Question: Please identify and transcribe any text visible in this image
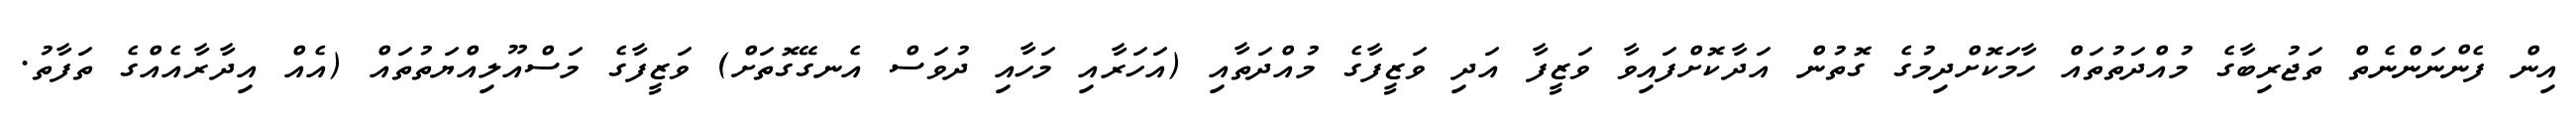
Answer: އިން ފެންނަންނެތް ތަޖުރިބާގެ މުއްދަތުތައް ހާމަކޮށްދިމުގެ ގޮތުން އަދާކޮށްފައިވާ ވަޒީފާ އަދި ވަޒީފާގެ މުއްދަތާއި (އަހަރާއި މަހާއި ދުވަސް އެނގޭގޮތަށް) ވަޒީފާގެ މަސްއޫލިއްޔަތުތައް (އެއް އިދާރާއެއްގެ ތަފާތު.